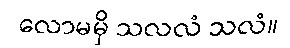
လောမမှိ သလလံ သလံ။